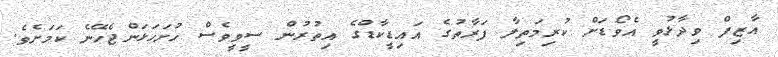
އާޒިފް ވިދާޅުވީ އެވޯޑަށް ކުރިމަތިލާ ފަރާތުގެ އައިޑީކާޑްގެ އިތުރުން ސީވީވެސް ހުށަހަޅަންޖެހޭނެ ކަމަށެވެ.